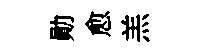
勛愈羔